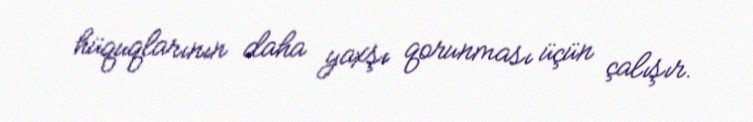
hüquqlarının daha yaxşı qorunması üçün çalışır.